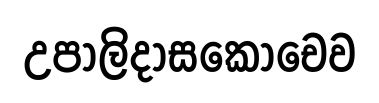
උපාලිදාසකොචෙව